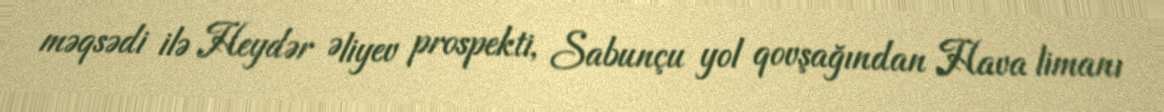
məqsədi ilə Heydər Əliyev prospekti, Sabunçu yol qovşağından Hava limanı